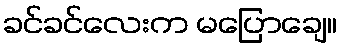
ခင်ခင်လေးက မပြောချေ။